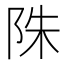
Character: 陎